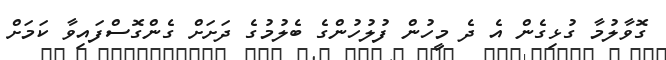
ގޮވާލުމާ ގުޅިގެން އެ ދެ މީހުން ފުލުހުންގެ ބެލުމުގެ ދަށަށް ގެންގޮސްފައިވާ ކަމަށް